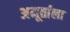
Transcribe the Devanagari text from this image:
अमूर्ताला